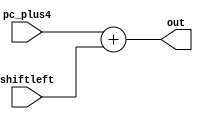
`timescale 1ns / 1ps
//////////////////////////////////////////////////////////////////////////////////
// Company: 
// Engineer: 
// 
// Design Name: 
// Module Name: Adder
// Project Name: 
// Target Devices: 
// Tool Versions: 
// Description: 
// 
// Dependencies: 
// 
// Revision:
// Revision 0.01 - File Created
// Additional Comments:
// 
//////////////////////////////////////////////////////////////////////////////////


module Adder(pc_plus4, shiftleft, out);

    input [31:0] pc_plus4, shiftleft;
    output reg [31:0] out;
    
    initial begin
        out <= 0;
    end    
    
    always @(pc_plus4 or shiftleft) begin
        out <= pc_plus4 + shiftleft;
    end    

endmodule